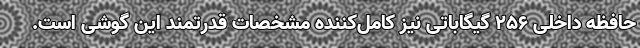
حافظه داخلی 256 گیگاباتی نیز کامل‌کننده مشخصات قدرتمند این گوشی است.